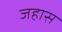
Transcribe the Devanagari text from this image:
जहास